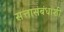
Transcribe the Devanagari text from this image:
सत्तासंबंधांशी